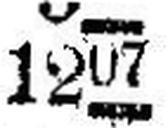
1207